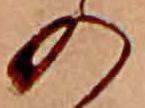
の